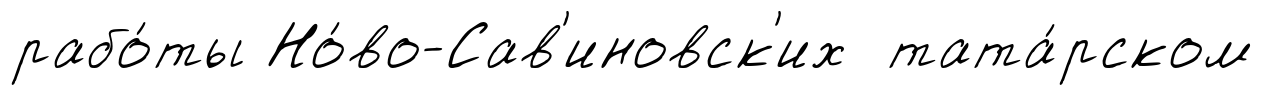
рабо́ты Но́во-Сав'иновск'их тата́рском